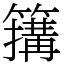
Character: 簼